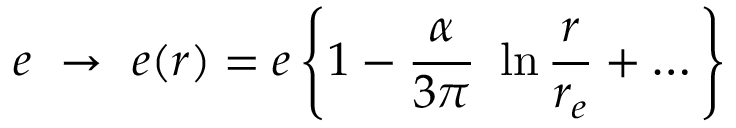
e ~ \to ~ e ( r ) = e \left\{ 1 - { \frac { \alpha } { 3 \pi } } ~ \ln { \frac { r } { r _ { e } } } + \dots \right\}